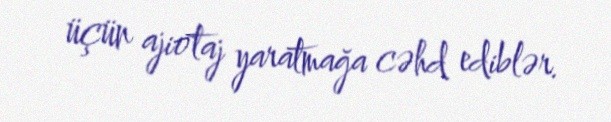
üçün ajiotaj yaratmağa cəhd ediblər.